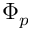
\Phi _ { p }